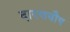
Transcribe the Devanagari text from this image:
दारणवौष